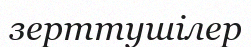
зерттушілер